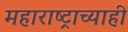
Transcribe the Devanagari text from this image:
महाराष्ट्राच्याही